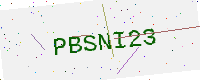
Text: PBSNI23